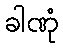
ခါဏုံ